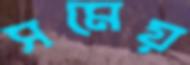
সমেয়